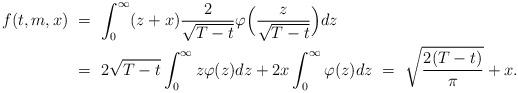
LaTeX: \begin{align*}f(t,m,x) \ &= \ \int_0^\infty (z + x) \frac{2}{\sqrt{T-t}} \varphi\Big(\frac{z}{\sqrt{T-t}}\Big) dz \\&= \ 2\sqrt{T-t}\int_0^\infty z\varphi(z)dz + 2x\int_0^\infty \varphi(z)dz \ = \ \sqrt{\frac{2(T-t)}{\pi}} + x.\end{align*}